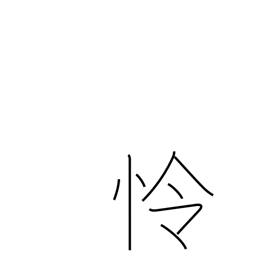
Meaning: wise